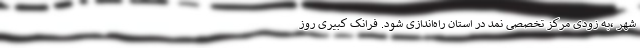
شهر ،به زودی مرکز تخصصی نمد در استان راه‌اندازی شود. فرانک کبیری روز